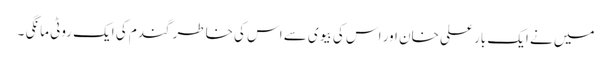
میں نے ایک بار علی خان اور اس کی بیوی سے اس کی خاطر گندم کی ایک روٹی مانگی ۔